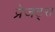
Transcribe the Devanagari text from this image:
प्रेजंट्स